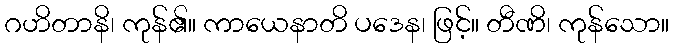
ဂဟိတာနိ၊ ကုန်၏။ ကာယေနာတိ ပဒေန၊ ဖြင့်။ တီဏိ၊ ကုန်သော။